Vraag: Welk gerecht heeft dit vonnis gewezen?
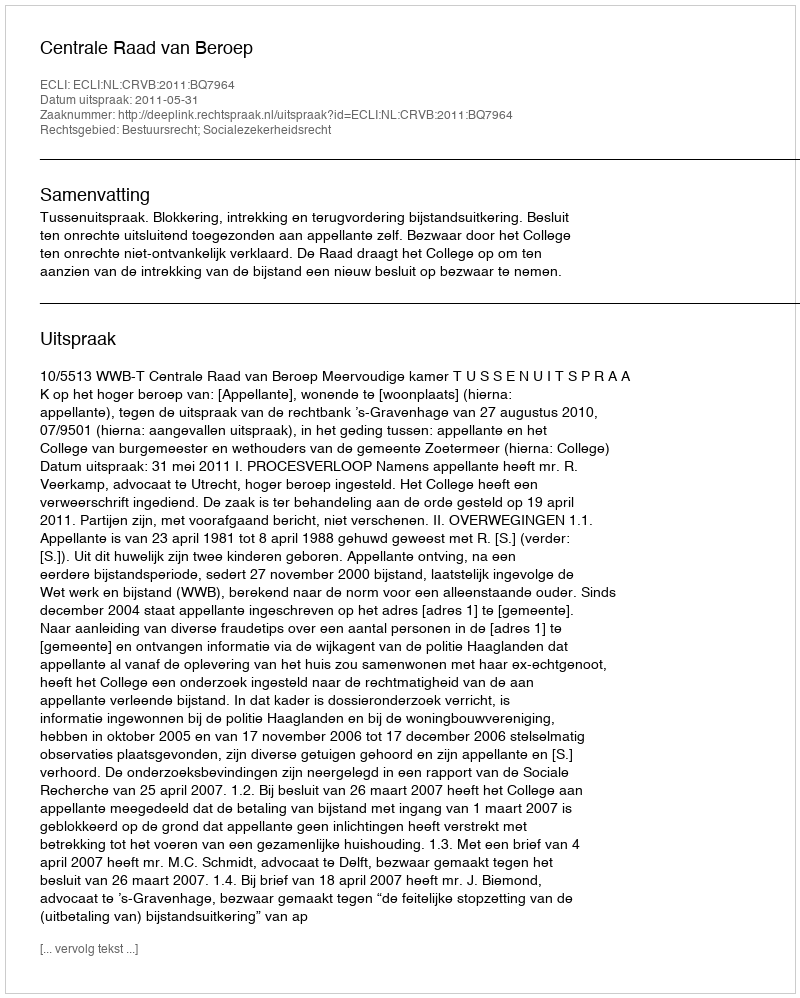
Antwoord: Centrale Raad van Beroep